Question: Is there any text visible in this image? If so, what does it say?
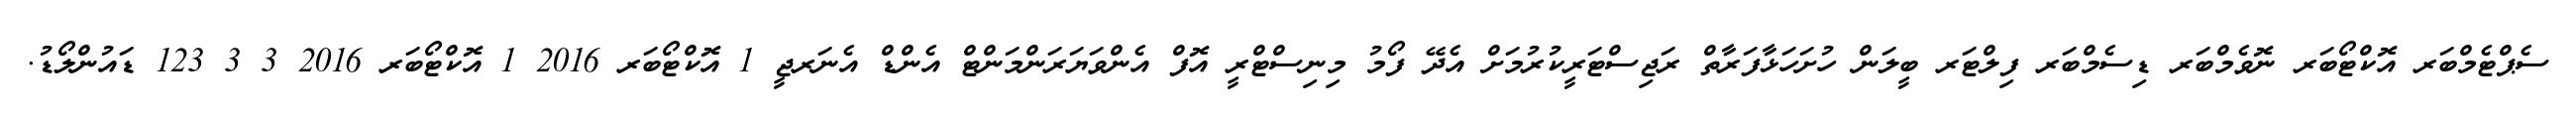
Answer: ސެޕްޓެމްބަރ އޮކްޓޯބަރ ނޮވެމްބަރ ޑިސެމްބަރ ފިލްޓަރ ބީލަން ހުށަހަޅާފަރާތް ރަޖިސްޓަރީކުރުމަށް އެދޭ ފޯމު މިނިސްޓްރީ އޮފް އެންވަޔަރަންމަންޓް އެންޑް އެނަރޖީ 1 އޮކްޓޯބަރ 2016 1 އޮކްޓޯބަރ 2016 3 3 123 ޑައުންލޯޑު.